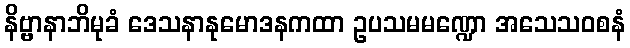
နိဗ္ဗာနာဘိမုခံ ဒေသနာနုမောဒနကထာ ဥပသမမဏ္ဍော အသေသဝစနံ